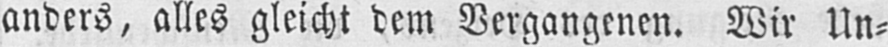
anders, alles gleich dem Vergangenen. Wir Un⸗